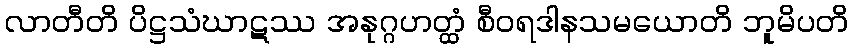
လာတီတိ ပိဋ္ဌသံဃာဋဿ အနုဂ္ဂဟတ္ထံ စီဝရဒါနသမယောတိ ဘူမိပတိ